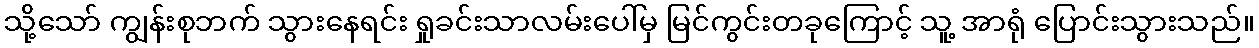
သို့သော် ကျွန်းစုဘက် သွားနေရင်း ရှုခင်းသာလမ်းပေါ်မှ မြင်ကွင်းတခုကြောင့် သူ့ အာရုံ ပြောင်းသွားသည်။